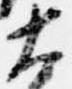
大